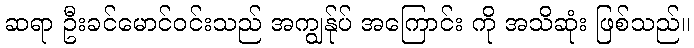
ဆရာ ဦးခင်မောင်ဝင်းသည် အကျွန်ုပ် အကြောင်း ကို အသိဆုံး ဖြစ်သည်။